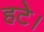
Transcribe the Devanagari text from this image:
हटे।